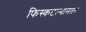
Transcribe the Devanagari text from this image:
फिस्कटल्यानंतर